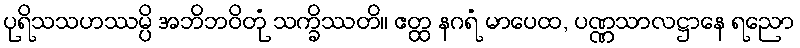
ပုရိသသဟဿမ္ပိ အဘိဘဝိတုံ သက္ခိဿတိ။ ဧတ္ထ နဂရံ မာပေထ, ပဏ္ဏသာလဋ္ဌာနေ ရညော